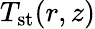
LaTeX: T_{\textrm{st}}(r,z)